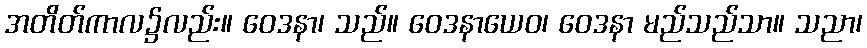
အတိတ်ကာလ၌လည်း။ ဝေဒနာ၊ သည်။ ဝေဒနာယေဝ၊ ဝေဒနာ မည်သည်သာ။ သညာ၊